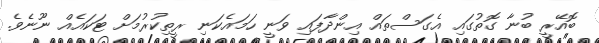
ބޮއޭރީ ބުނާ ގޮތުގައި އެގަސްތައް އިންދާފައި ވަނީ ހަމައެކަނި ރީތިކުރުމަށް ޓަކައެއް ނޫނެވެ.